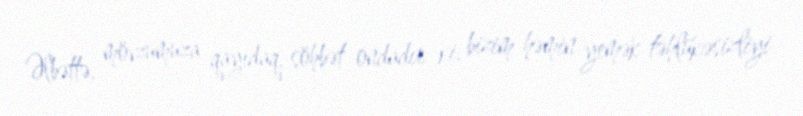
Əlbəttə, mövzumuza qayıdaq, söhbət ondadır ki, bizim həmin yemək təhlükəsizliyi